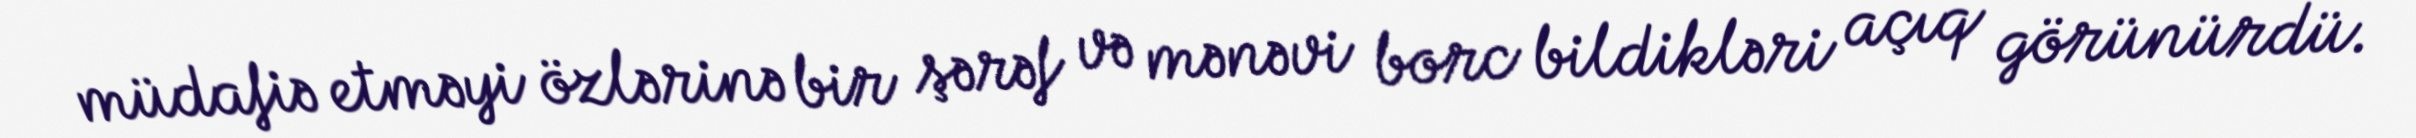
müdafiə etməyi özlərinə bir şərəf və mənəvi borc bildikləri açıq görünürdü.